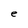
Character: e